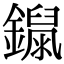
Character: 𨭾